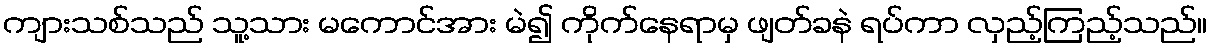
ကျားသစ်သည် သူ့သား မကောင်အား မဲ၍ ကိုက်နေရာမှ ဖျတ်ခနဲ ရပ်ကာ လှည့်ကြည့်သည်။